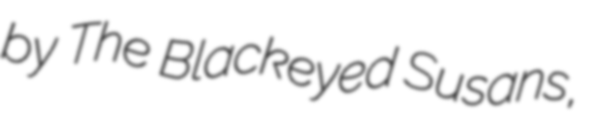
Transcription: by The Blackeyed Susans,